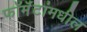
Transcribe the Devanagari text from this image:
फॉर्मॅटांमधील